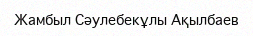
Жамбыл Сәулебекұлы Ақылбаев